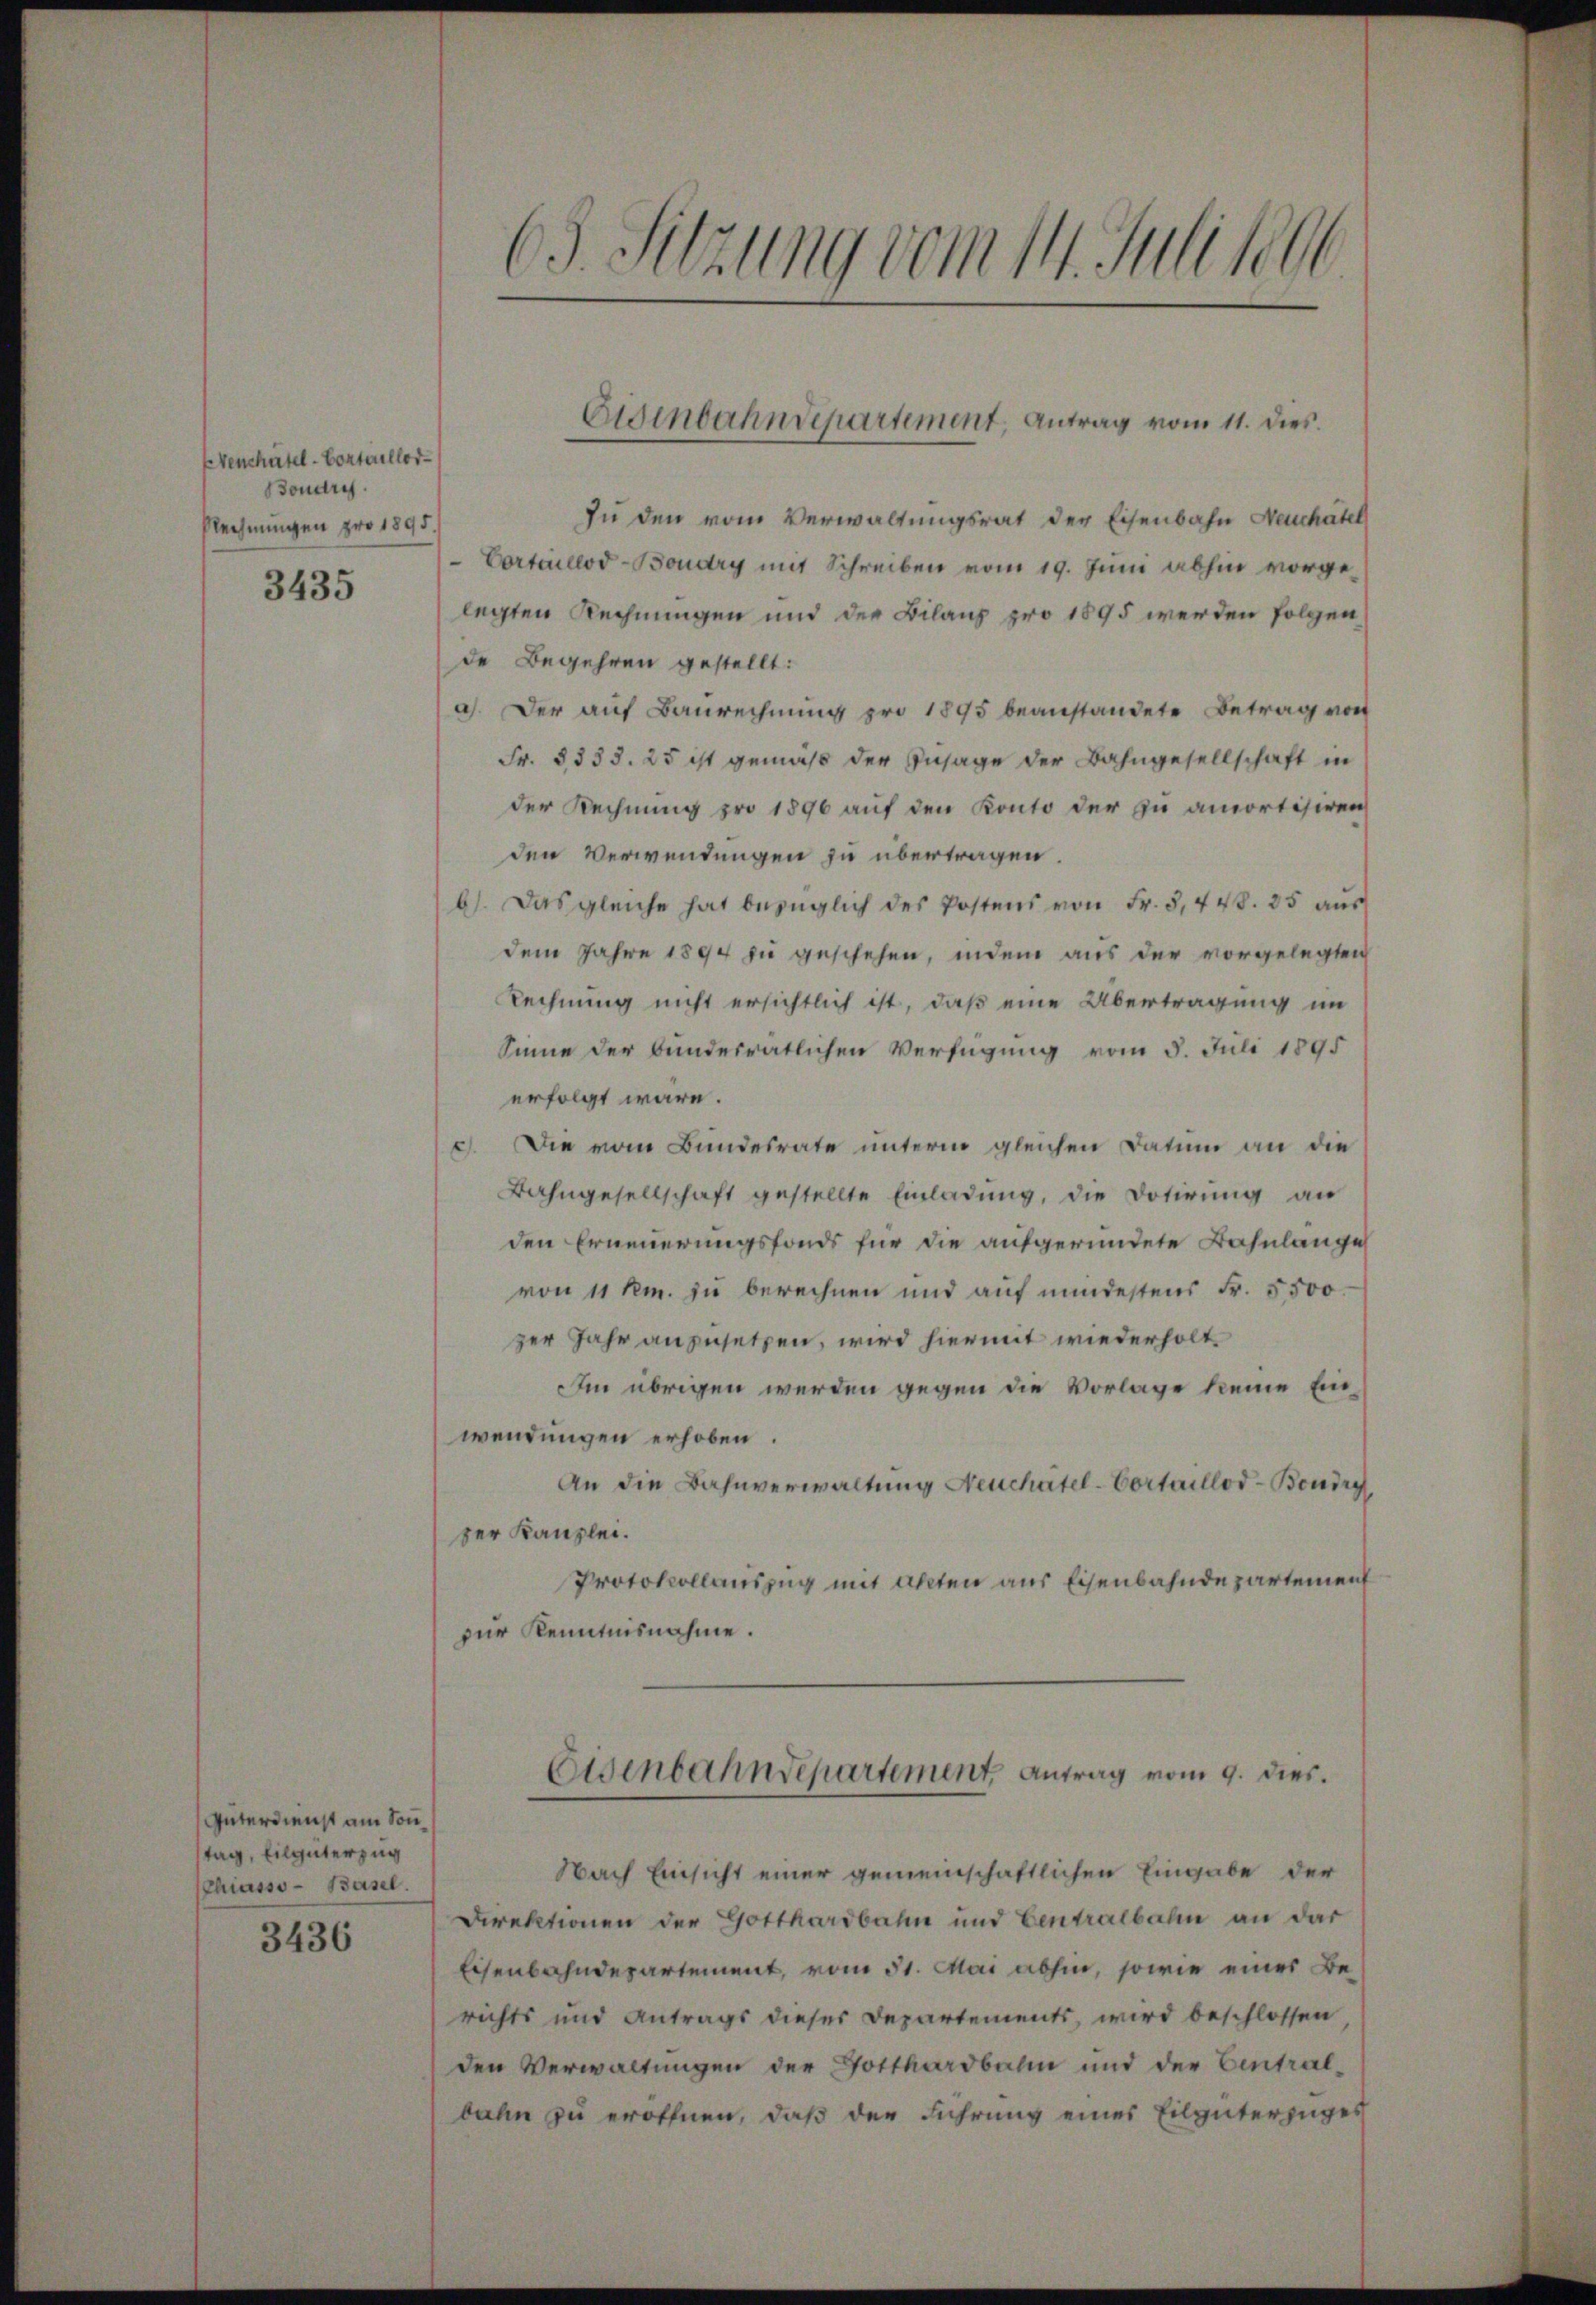
Evenchatel - Contaillor¬
Boudry
Rechnungen pro 1895.
3435

Güterdienst am Sonntag, Eilgüterzug
Chiasso- Basel.

3436

63. Sitzung vom 14. Juli 1896

Zu den vom Verwaltungsrat der Eisenbahn Neuchatel
Cortallod-Boudry mit Schreiben vom 19. Juni abhin vorgelegten Rechnungen und der Bilanz pro 1895 werden folgen,
de Begehren gestellt:
a). Der auf Baurechnung pro 1895 beanstandete Betrag von
Fr. 8833. 25 ist gemäss der Insage der Bahngesellschaft in
der Rechnung pro 1896 auf den Konto der zu amortisiren
den Verwendungen zu übertragen
b). Das gleiche hat bezüglich des Postens von Fr. 3, 448. 35 aus
dem Jahre 1894 zu geschehen, indem aus der vorgelegten
Rechnung nicht ersichtlich ist, daß eine Übertragung im
Sinne der bunderratlichen Verfügung vom 5. Juli 1895
erfolgt wäre.
c. Die vom Bundesrate unterm gleichen Datum an die
Bahngesellschaft gestellte Einladung, die Dotirung an
den Erneuerungsfonds für die aufgeründete Bahnlänge
von 11 km. zu berechnen und auf mindestens Fr. 5500.
zer Jahr anzusetzen, wird hiermit wiederholt
m übrigen werden gegen die Vorlage keine Einwendungen erhoben.
An die Bahnverwaltung Neuchâtel-Cortaillod-Boudry,
zer Kanzlei.
Protokollauszug mit akten aus Eisenbahndepartement
zur Kenntnisnahme.
Eisenbahndepartement Antrag vom 9. dies.
Nach Einsicht einer gemeinschaftlichen Eingabe der
Direktionen der Gotthardbahn und Centralbahn an dar
Eisenbahndepartement, vom 31. Mai abhin, sowie eines Berichts und Antrags dieser Departements, wird beschlossen,
den Verwaltungen der Gotthardbahn und der Central-
bahn zu eröffnen, daß der Führung eines Eilgüterzuges

Eisenbahndepartement, Antrag vom 11. dies.